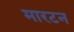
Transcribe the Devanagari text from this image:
मारटन